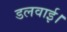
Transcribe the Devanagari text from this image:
डलवाई।